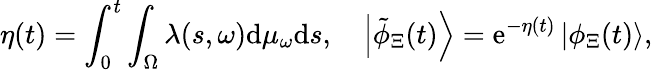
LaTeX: \eta(t)=\int_{0}^{t}\int_{\Omega}\lambda(s,\omega)\mathrm{d}\mu_{\omega}\mathrm{d}s,\quad\left|\tilde{\phi}_{\Xi}(t)\right\rangle=\mathrm{e}^{-\eta(t)}\left|\phi_{\Xi}(t)\right\rangle,